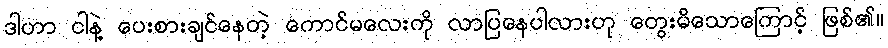
ဒါဟာ ငါနဲ့ ပေးစားချင်နေတဲ့ ကောင်မလေးကို လာပြနေပါလားဟု တွေးမိသောကြောင့် ဖြစ်၏။